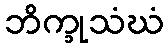
ဘိက္ခုသံဃံ